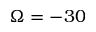
\Omega = - 3 0